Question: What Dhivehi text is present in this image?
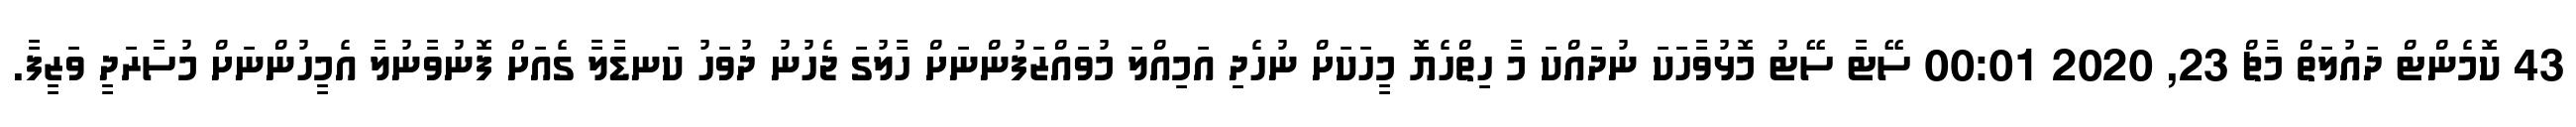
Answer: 43 ކޮމެންޓް ދައުލަތް މާޗް 23, 2020 00:01 ސޭޓާ ސޭޓު މޮޅުވާހަކަ ނުދައްކަ މާ ހިތްހެޔޮ މީހަކަށް ނުހެދި އަމިއްލަ މުވައްޒަފުންނަށް ހާލުގަ ޖެހުނު ދުވަހު ކަނޑާލާ ގެއަށް ފޮނުވާނުލާ އެމީހުންނަށް މުސާރަދީ ވަޒީފާ.